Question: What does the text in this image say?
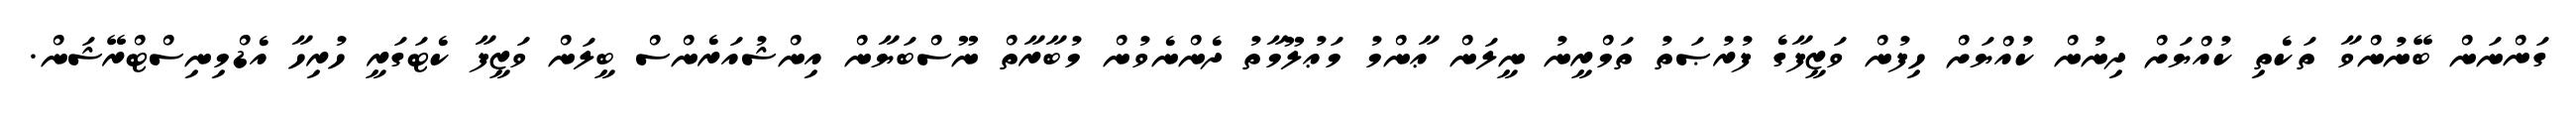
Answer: ގަންނަން ބޭނުންވާ ތަކެތި ކުއްޔަށް ދިނުން ކުއްޔަށް ހިފުން ވަޒީފާގެ ފުރުޞަތު ތަމްރީނު ނީލަން ޢާންމު މަޢުލޫމާތު ދެންނެވުން މުބާރާތް ނޫސްބަޔާން އިންޝުއަރެންސް ބީލަން ވަޒީފާ ކެޓަގަރީ ހުރިހާ އެޑްމިނިސްޓްރޭޝަން.